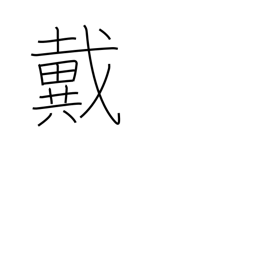
Meaning: be crowned with